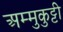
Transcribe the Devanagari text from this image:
अम्मुकुट्टी